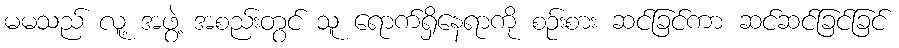
မမသည် လူ့ အဖွဲ့ အစည်းတွင် သူ ရောက်ရှိနေရာကို စဉ်းစား ဆင်ခြင်ကာ ဆင်ဆင်ခြင်ခြင်